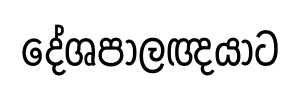
දේශපාලඥයාට